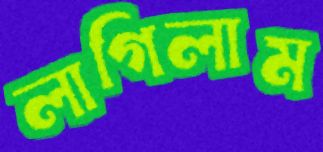
লাগিলাম